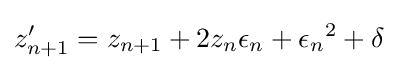
z'_{n+1}=z_{n+1}+2z_{n}\epsilon _{n}+{\epsilon _{n}}^{2}+\delta